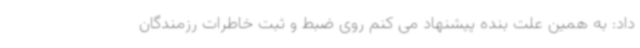
داد: به همین علت بنده پیشنهاد می کنم روی ضبط و ثبت خاطرات رزمندگان